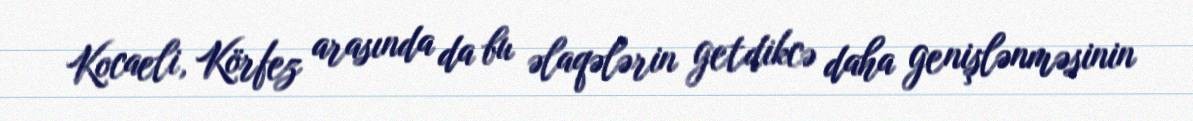
Kocaeli, Körfez arasında da bu əlaqələrin getdikcə daha genişlənməsinin